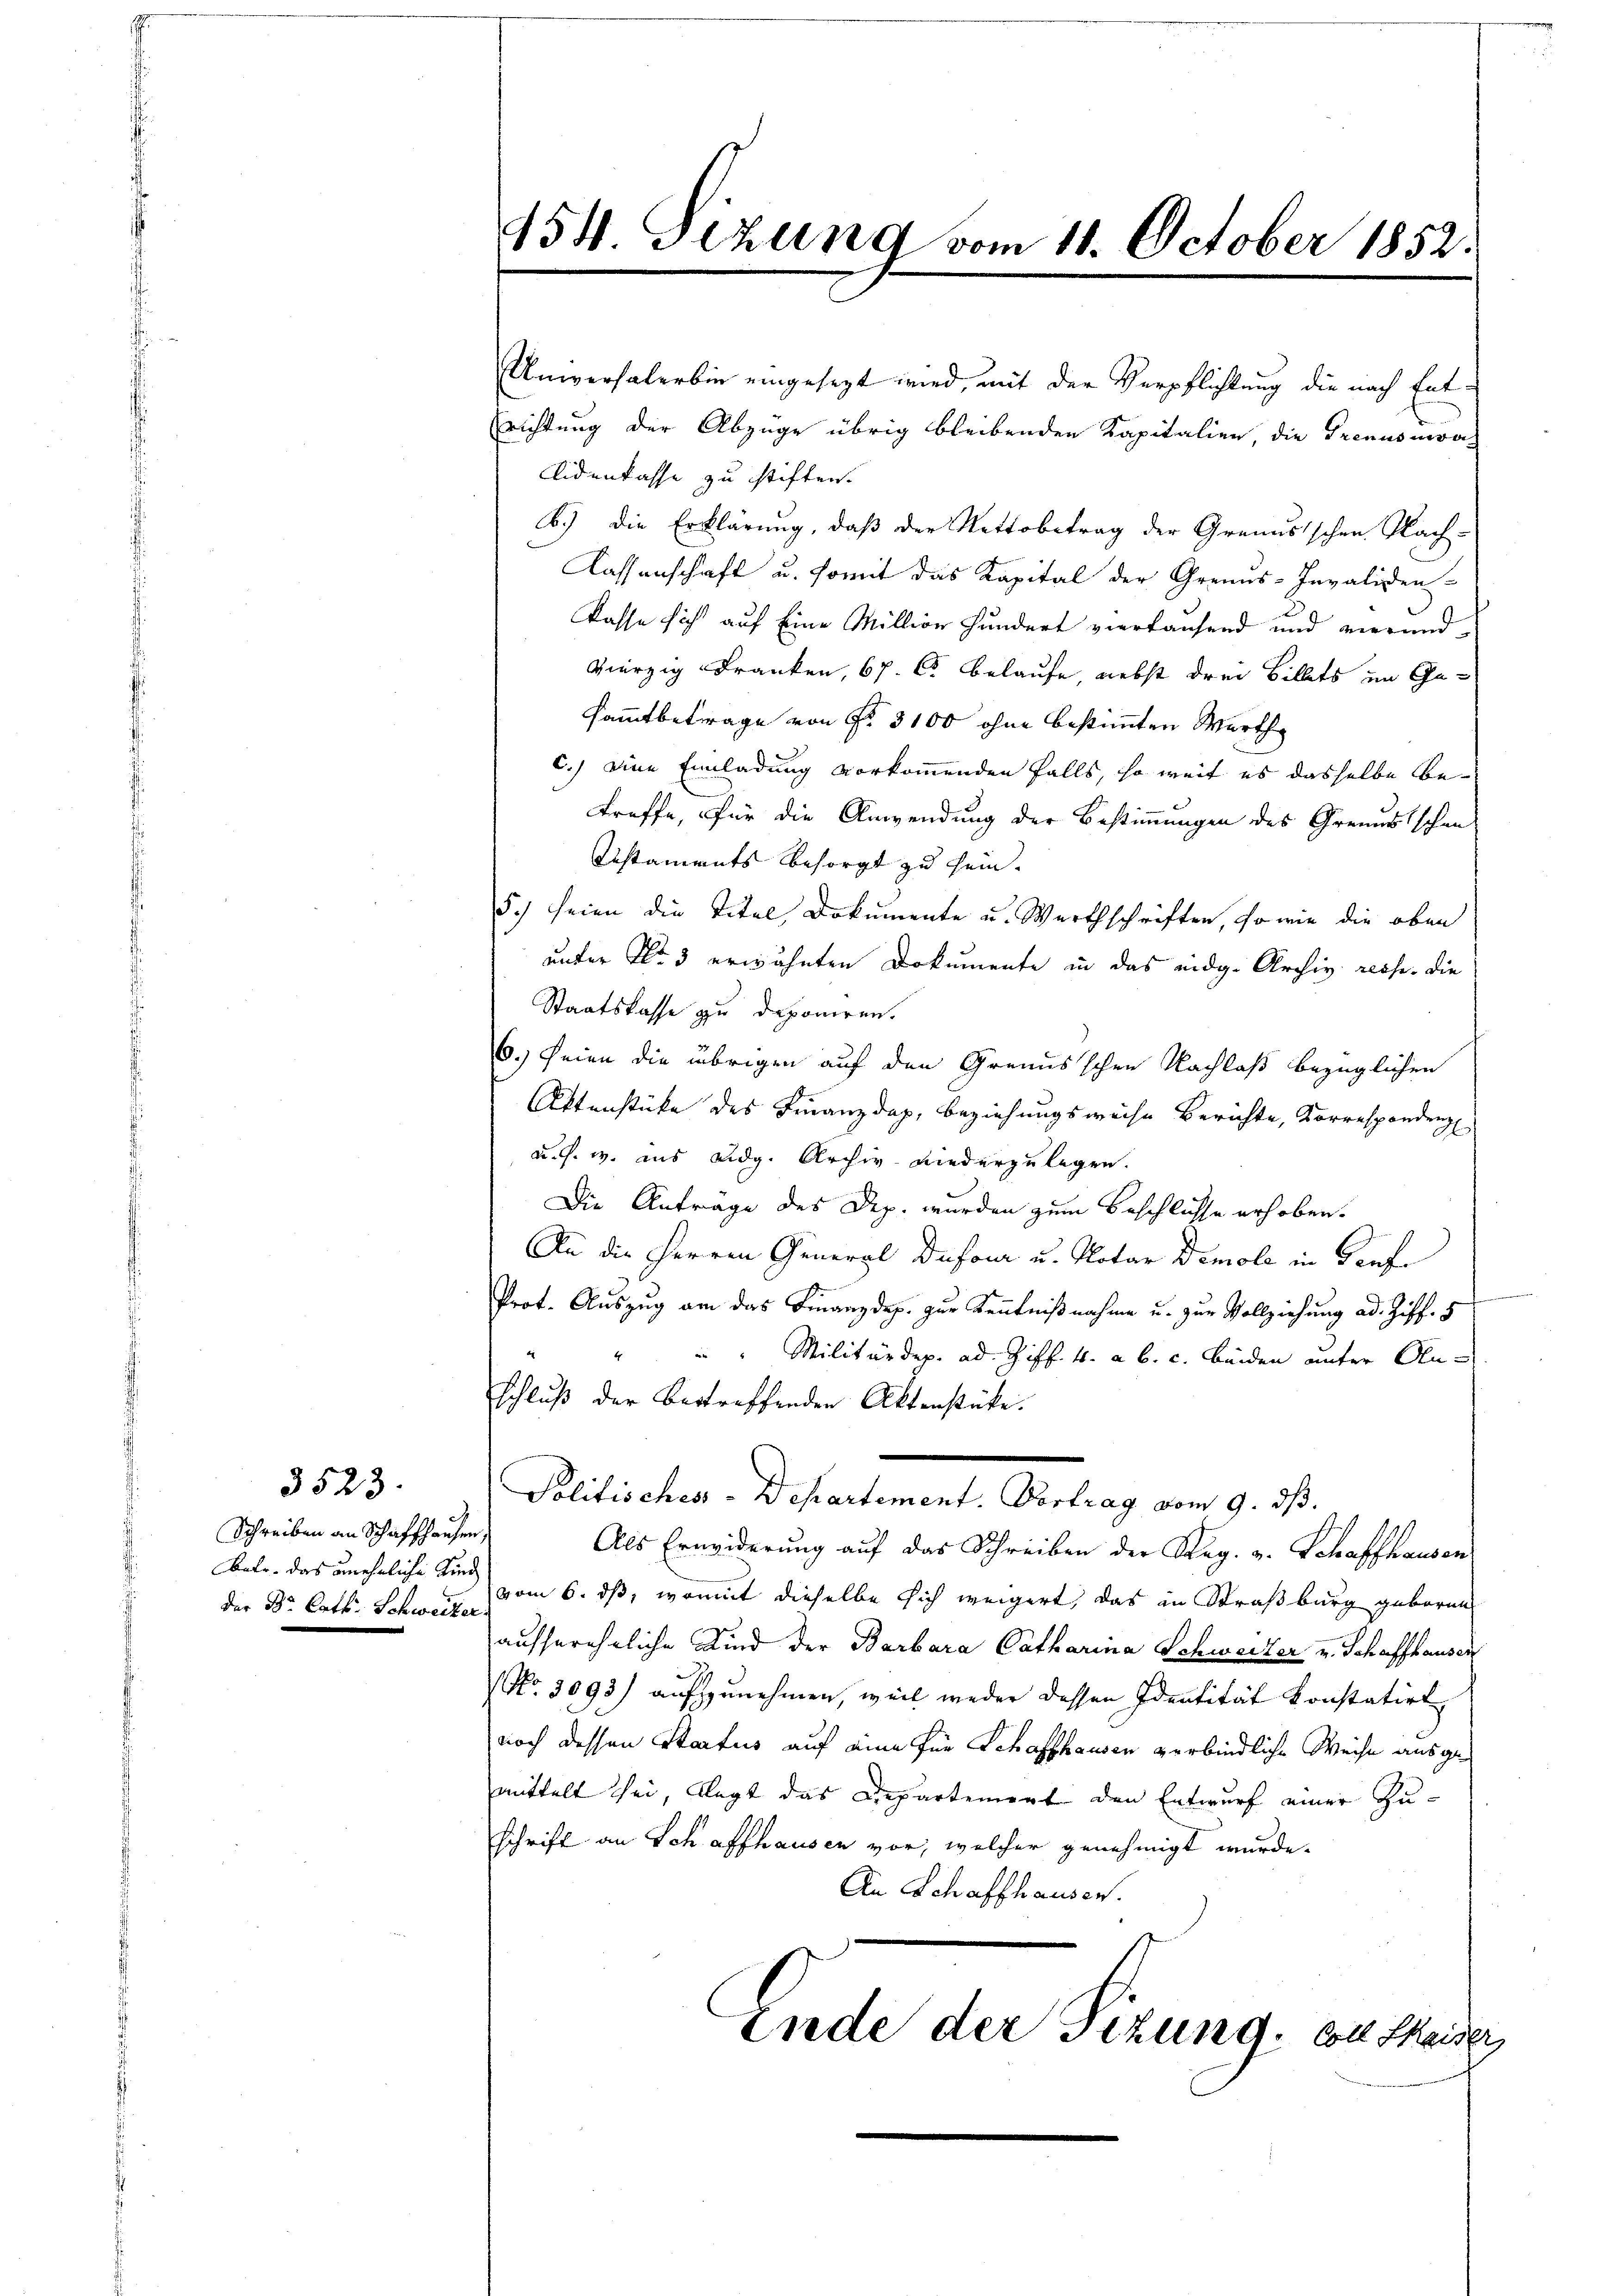
Schreiben an Schaffhausen,
Batr. das uneheliche Kind

3523.

454. Sizung vom 11. October 1852.

Universalerbin eingesezt wird, mit der Verpflichtung die nach Ent¬
Erichtung der Abzüge übrig bleibenden Kapitalien, die Trennsmvalidenlasse zu stiften.
B.) Die Erklärung, daβ der Nettobetrag der Grandsschen Nach-
Kassenschaft u. somit das Kapital der Grenus-Invaliden-
kasse sich auf eine Million hundert viertausend und vierundvierzig Franken, 67. 65 belaufe, nebst drei Billets im Gesammtbetrage von Fr. 3100 ohne bestimmten Werth
c.) eine Einladung vorkommenden falls, so weit es dasselbe betroffe, für die Anwendung der Bestimmungen des Grenusischen
Distaments besorgt zu sein. |
d.) seien die Titel, Dokumente u. Werthschriften, so wie die oben
unter No 3 erwähnten Dokumente in das eidg. Archiv reche. Die
Staatskasse zu deponiren.
6.) seien die übrigen auf den Grandsschen Nachlaß bezüglichen
Attenstücke des Finanzdap, Beziehungsweise Berichte, Korrespondenz
u. s. w. aus Lidg. Archiv-Niederzulegen.
Die Anträge des Dep. wurden zum Beschlüsse erhoben.
An die Herren General Dufona u. Notar Demole in Teufe
f
Prot. Auszug am das Finanzdep. zur Kenntnißnahme u. zur Vollziehung ad. Ziff. 5
"Militärdep. ad. Ziff. 4. a. b. c. beiden unter Anschluß der betreffenden Aktenstücke.
Politisches - Departement. Vortrag vom 9. ds.
Als Erwiderung auf das Schreiben der Reg. v. Schaffhausen
der Dr. Cath. Schweiz vom 6. ds, womit dieselbe sich weigert, das in Straßburg geboren
aussereheliche Kind der Barbara Catharina Schweizer v. Schaffhausen
No. 3093) aufzunehmen, weil weder dessen Identität konstatirt
noch dessen Staatus auf eine für Schaffhausen verbindliche Weise ausgemittelt sei, legt das Departement den Entwurf einer Zu-
schrift an Schaffhausen vor, welcher genehmigt wurde.
An Schaffhausen.
Ende der Tizung, von Skaiser